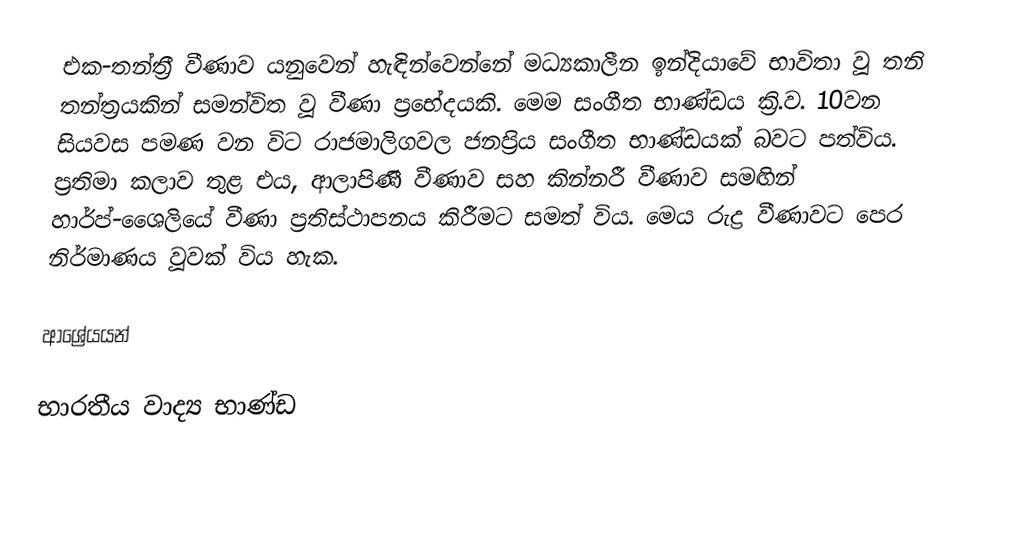
එක-තන්ත්‍රී වීණාව  යනුවෙන් හැඳින්වෙන්නේ මධ්‍යකාලීන ඉන්දියාවේ භාවිතා වූ තනි තන්ත්‍රයකින් සමන්විත වූ වීණා ප්‍රභේදයකි.  මෙම සංගීත භාණ්ඩය ක්‍රි.ව. 10වන සියවස පමණ වන විට රාජමාලිගවල ජනප්‍රිය සංගීත භාණ්ඩයක් බවට පත්විය. ප්‍රතිමා කලාව තුළ එය, ආලාපිණී වීණාව සහ කින්නරී වීණාව සමඟින් හාර්ප්-ශෛලියේ වීණා ප්‍රතිස්ථාපනය කිරීමට සමත් විය. මෙය රුද්‍ර වීණාවට පෙර නිර්මාණය වූවක් විය හැක.

ආශ්‍රේයයන්

භාරතීය වාද්‍ය භාණ්ඩ